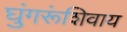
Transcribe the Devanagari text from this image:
घुंगरूंशिवाय